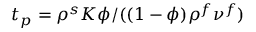
t _ { p } = \rho ^ { s } K \phi / ( ( 1 - \phi ) \rho ^ { f } \nu ^ { f } )